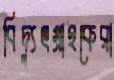
বিদ্যুৎগ্রাহকেরা